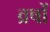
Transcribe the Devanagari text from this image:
व्रषों